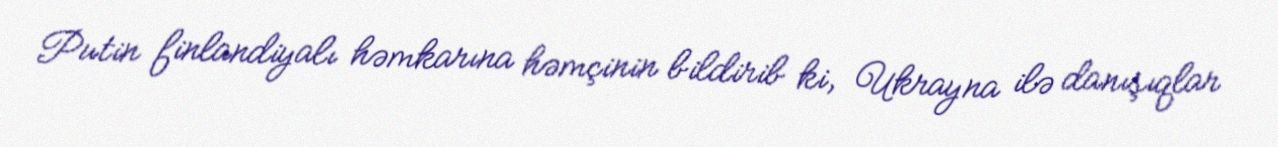
Putin finlandiyalı həmkarına həmçinin bildirib ki, Ukrayna ilə danışıqlar